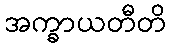
အက္ခာယတီတိ